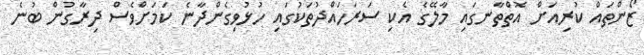
ޒޯންތައް ކުރިއަށް އޮތްތާނގައި މާލޭގެ އެކި ސަރަހައްދުތަކުގައި ހުޅުވިގެންދާނެ ކަމަށްވެސް ދިރާގުން ބުނެ